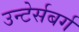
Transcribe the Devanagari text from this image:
उन्टेर्सबर्ग